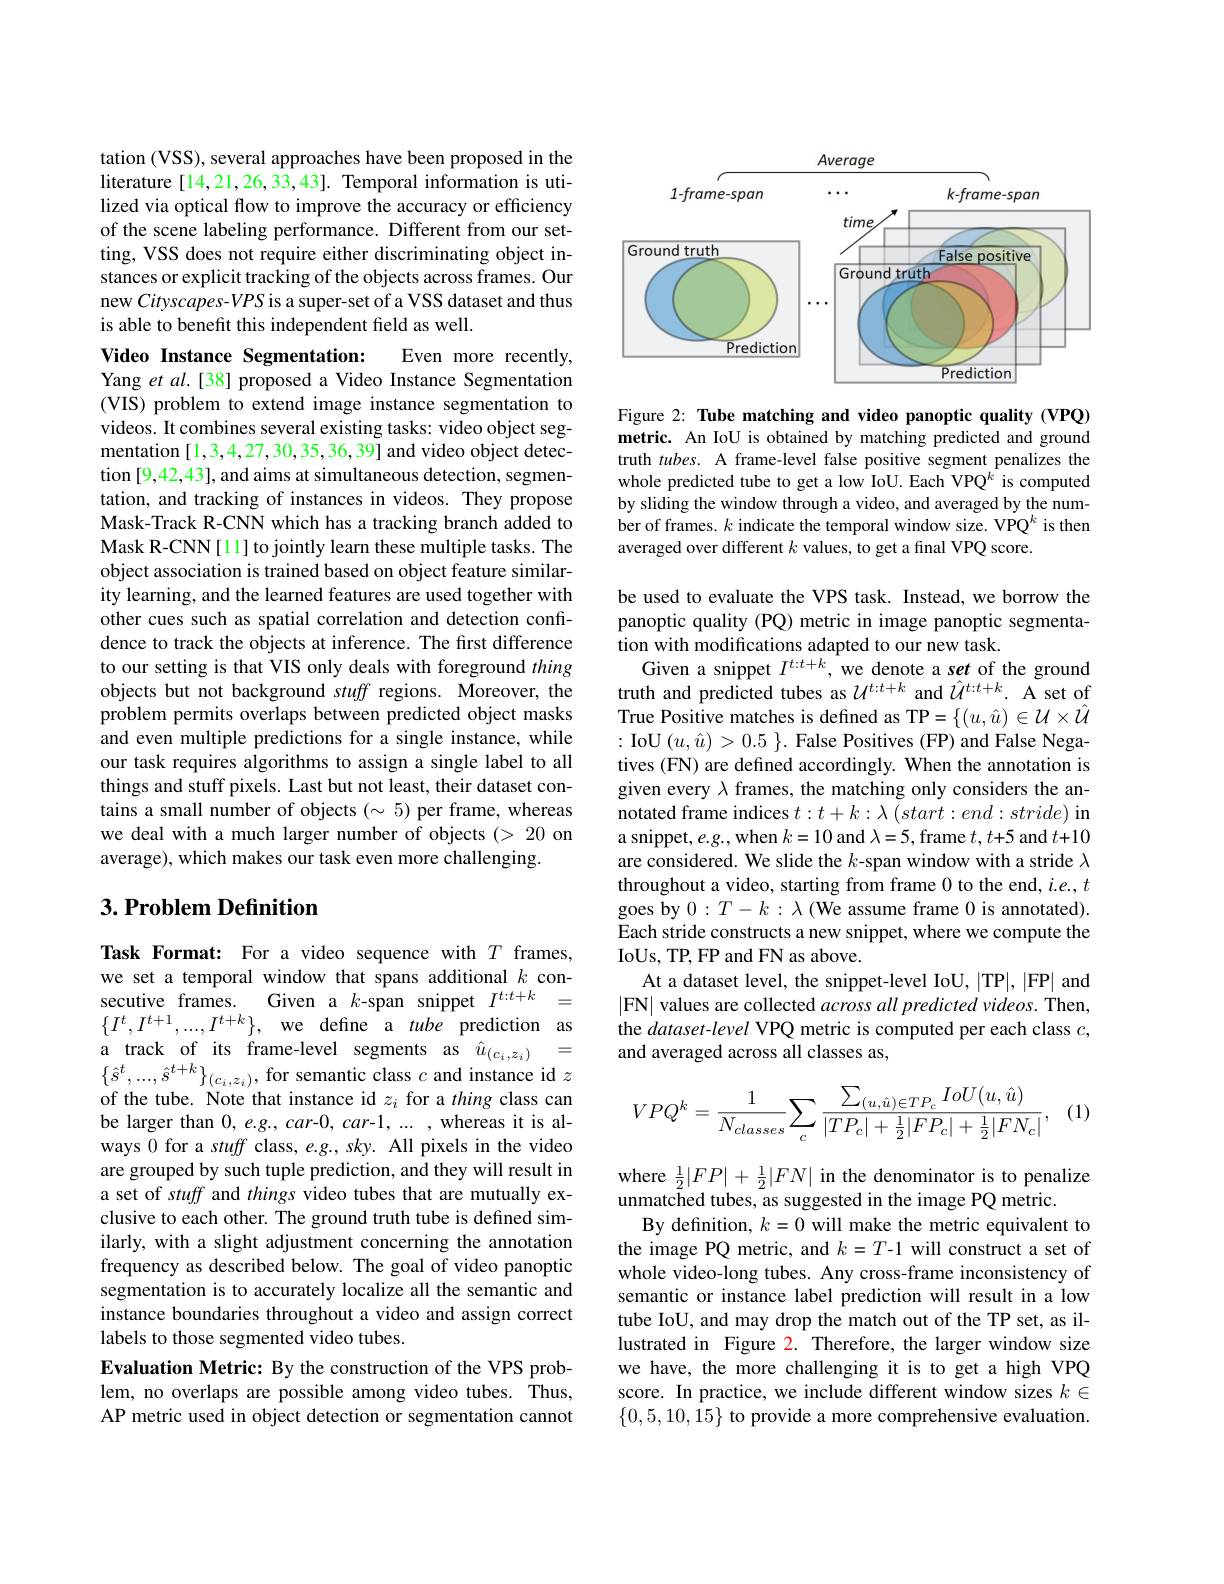
tation (VSS), several approaches have been proposed in the literature [14,21,26,33,43]. Temporal information is utilized via optical flow to improve the accuracy or efficiency of the scene labeling performance. Different from our setting, VSS does not require either discriminating object instances or explicit tracking of the objects across frames. Our new Cityscapes-VPS is a super-set of a VSS dataset and thus is able to benefit this independent field as well.

Video Instance Segmentation:
Even more recently,
Yang et al.[38] proposed a Video Instance Segmentation (VIS) problem to extend image instance segmentation to videos. It combines several existing tasks: video object segmentation [1,3,4,27,30,35,36,39] and video object detection [9,42,43], and aims at simultaneous detection, segmentation, and tracking of instances in videos. They propose Mask-Track R-CNN which has a tracking branch added to Mask R-CNN [1] to jointly learn these multiple tasks. The object association is trained based on object feature similarity learning, and the learned features are used together with other cues such as spatial correlation and detection confidence to track the objects at inference. The first difference to our setting is that VIS only deals with foreground thing objects but not background stuff regions. Moreover, the problem permits overlaps between predicted object masks and even multiple predictions for a single instance, while our task requires algorithms to assign a single label to all things and stuff pixels. Last but not least, their dataset contains a small number of objects $(\sim5)$ per frame, whereas we deal with a much larger number of objects (> 20 on average), which makes our task even more challenging.

## $3. \textbf{Problem Definition}$

Task Format: For a video sequence with $T$ frames, we set a temporal window that spans additional $k$ consecutive frames. Given a $k$-span snippet $I^{t:t+k}=$ $\{I^t,I^{t+1},...,I^{t+k}\}$,we define a tube prediction as a track of its frame-level segments as $\hat{u}_{(c_i,z_i)}=$ $\{\hat{s}^{t},...,\hat{s}^{t+k}\}_{(c_{i},z_{i})}$,for semantic class $c$ and instance id $z$ of the tube. Note that instance id $z_i$ for a thing class can be larger than $0,e.g.,car-0,car-1,...$,whereas it is always 0 for a stuff class, e.g., sky. All pixels in the video are grouped by such tuple prediction, and they will result in a set of stuff and things video tubes that are mutually exclusive to each other. The ground truth tube is defined similarly, with a slight adjustment concerning the annotation frequency as described below. The goal of video panoptic segmentation is to accurately localize all the semantic and instance boundaries throughout a video and assign correct labels to those segmented video tubes.
Evaluation Metric: By the construction of the VPS problem, no overlaps are possible among video tubes. Thus, AP metric used in object detection or segmentation cannot

<FigureHere>

Figure 2: Tube matching and video panoptic quality (VPQ) metric. An IoU is obtained by matching predicted and ground truth $tubes.$ A frame-level false positive segment penalizes the whole predicted tube to get a low IoU. Each VPQ$^k$ is computed by sliding the window through a video, and averaged by the number of frames. $k$ indicate the temporal window size. VPQ$^k$ is then averaged over different $k$ values, to get a final VPQ score.

be used to evaluate the VPS task. Instead, we borrow the panoptic quality (PQ) metric in image panoptic segmentation with modifications adapted to our new task.
Given a snippet $I^{t:t+k}$, we denote a set of the ground truth and predicted tubes as $\mathcal{U}^{t:t+k}$ and $\hat{\mathcal{U}}^{t:t+k}.$ A set of True Positive matches is defined as TP= $\{(u,\hat{u})\in\mathcal{U}\times\hat{U}$ :IoU$(u,\hat{u})>0.5\}.$ False Positives (FP) and False Negatives (FN) are defined accordingly. When the annotation is given every $\lambda$ frames, the matching only considers the annotated frame indices $t:t+k:\lambda\left(start:end:stride\right)$in a snippet, $e.g.$,when $k=10$ and $\lambda=5$,frame $t,t+5$ and $t+10$ are considered. We slide the $k$-span window with a stride $\lambda$ throughout a video, starting from frame 0 to the end, $i.e.,t$ goes by $0:T-k:\lambda$ (We assume frame 0 is annotated). Each stride constructs a new snippet, where we compute the IoUs, TP, FP and FN as above.
At a dataset level, the snippet-level IoU, |TP|,|FP| and |FN| values are collected across all predicted videos. Then, the dataset-level VPQ metric is computed per each class $c$, and averaged across all classes as,

(1)
$$VPQ^k=\frac{1}{N_{classes}}\sum_{c}\frac{\sum_{(u,\hat{u})\in TP_{c}}IoU(u,\hat{u})}{|TP_{c}|+\frac{1}{2}|FP_{c}|+\frac{1}{2}|FN_{c}|},$$
where $\frac 12| FP| + \frac 12| FN|$ in the denominator is to penalize unmatched tubes, as suggested in the image PQ metric.
By definition, $k=0$ will make the metric equivalent to the image PQ metric, and $k=T$-1 will construct a set of whole video-long tubes. Any cross-frame inconsistency of semantic or instance label prediction will result in a low tube IoU, and may drop the match out of the TP set, as illustrated in Figure $\color{red}2.$ Therefore, the larger window size we have, the more challenging it is to get a high VPQ score. In practice, we include different window sizes $k\in$ $\{0,5,10,15\}$ to provide a more comprehensive evaluation.